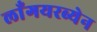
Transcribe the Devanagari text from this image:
लाँगयरब्येन